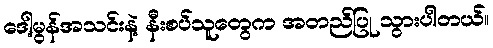
ဒေါ့မွန်အသင်းနဲ့ နီးစပ်သူတွေက အတည်ပြု သွားပါတယ်။